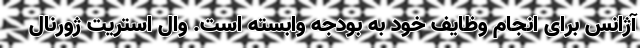
آژانس برای انجام وظایف خود به بودجه وابسته است. وال استریت ژورنال